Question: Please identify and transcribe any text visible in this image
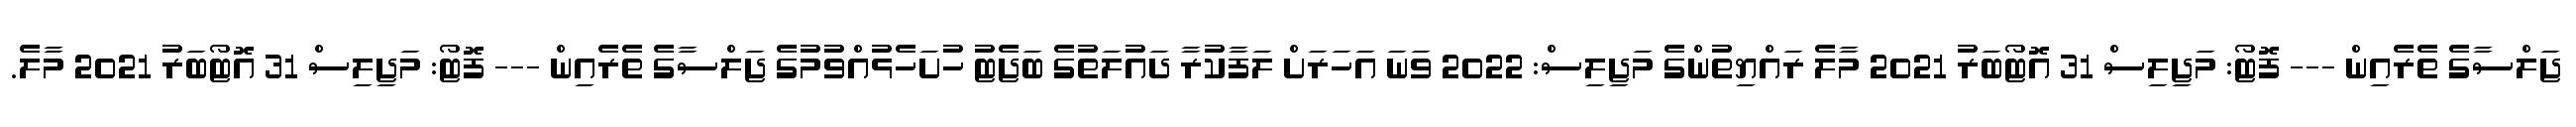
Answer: ޖަލްސާގެ ތެރެއިން --- ފޮޓޯ: މަޖިލިސް 31 އޮޓޯބަރު 2021 މާލެ ރައްޔިތުންގެ މަޖިލިސް: 2022 ވަނަ އަހަރަށް ލަފާކުރާ ދައުލަތުގެ ބަޖެޓު ހުށަހެޅުއްވުމުގެ ޖަލްސާގެ ތެރެއިން --- ފޮޓޯ: މަޖިލިސް 31 އޮޓޯބަރު 2021 މާލެ.